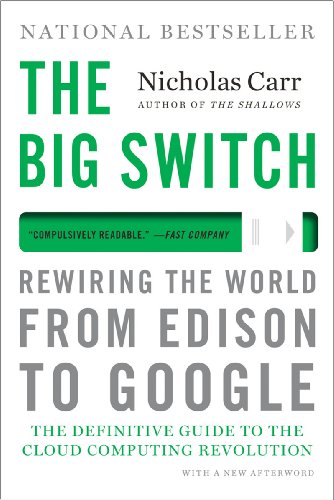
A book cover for The Big Switch: Rewiring the World, from Edison to Google; Nicholas Carr; Computers & Technology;